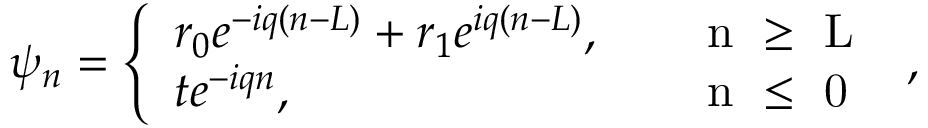
\begin{array} { r } { \psi _ { n } = \left\{ \begin{array} { l l } { r _ { 0 } e ^ { - i q ( n - L ) } + r _ { 1 } e ^ { i q ( n - L ) } , } & { \quad \mathrm { ~ n ~ \geq ~ L ~ } } \\ { t e ^ { - i q n } , } & { \quad \mathrm { ~ n ~ \leq ~ 0 ~ } } \end{array} \right. , } \end{array}